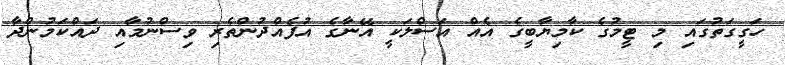
ހަގީގަތުގައި މި ޓީމުގެ ކާމިޔާބީގެ އެއް އަސްލަކީ އޭނާގެ އުފެއްދުންތެރި ވިސްނުމާއި ދައްކަމުންދާ